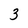
Character: 3